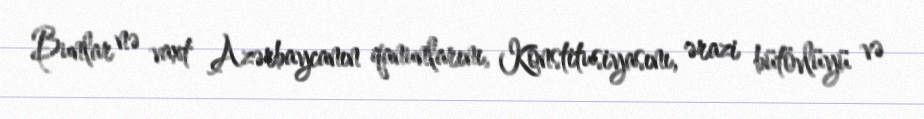
Bunlar nə vaxt Azərbaycanın qanunlarını, Konstitusiyasını, ərazi bütövlüyü və